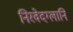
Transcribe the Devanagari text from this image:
निरवेदग्लानि